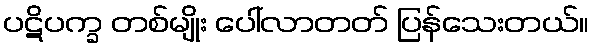
ပဋိပက္ခ တစ်မျိုး ပေါ်လာတတ် ပြန်သေးတယ်။